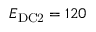
E _ { \mathrm { D C 2 } } = 1 2 0